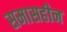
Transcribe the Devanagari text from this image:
समासहीन